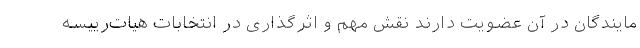
مایندگان در آن عضویت دارند نقش مهم و اثرگذاری در انتخابات هیات‌رییسه